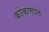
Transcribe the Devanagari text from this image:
कोकणांत